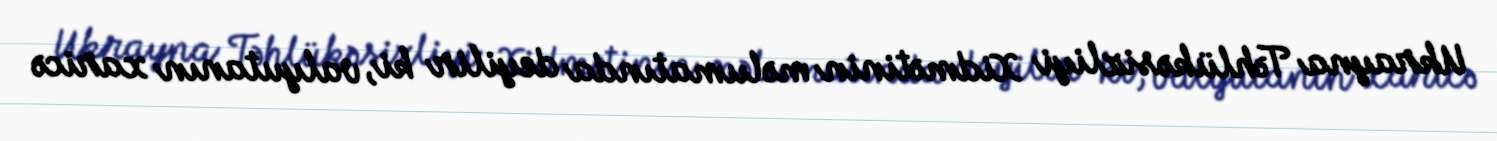
Ukrayna Təhlükəsizliyi Xidmətinin məlumatında deyilir ki, valyutanın xaricə